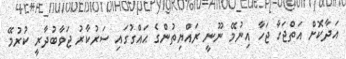
އަދާކޮށް އަތްޖަހާ ޖަހާ އިނުމޭ ނޫނީ ރައްޔިތުންގެ ޙައްގުގައި ސަރުކާރު ޖަވާބުދާރީ ކުރުމޭ